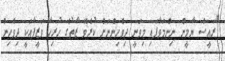
"ރައީސް ޔާމީން ނިންމަވާފައި މިވަނީ ދިވެހިންނަށް ކުރެވޭ ޒާތުގެ ހުރިހާ ވަޒީފާއަކީ ދިވެހިން